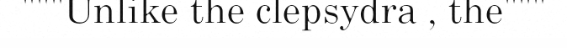
"""Unlike the clepsydra , the"""